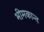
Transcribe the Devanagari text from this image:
भीमकान्त